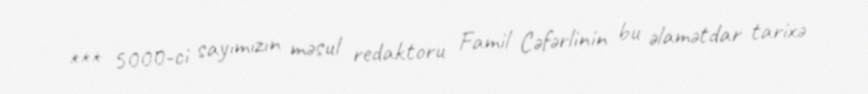
*** 5000-ci sayımızın məsul redaktoru Famil Cəfərlinin bu əlamətdar tarixə